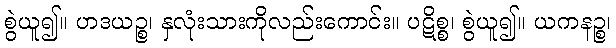
စွဲယူ၍။ ဟဒယဉ္စ၊ နှလုံးသားကိုလည်းကောင်း။ ပဋိစ္စ၊ စွဲယူ၍။ ယကနဉ္စ၊